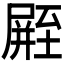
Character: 𪨛